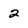
Character: 2